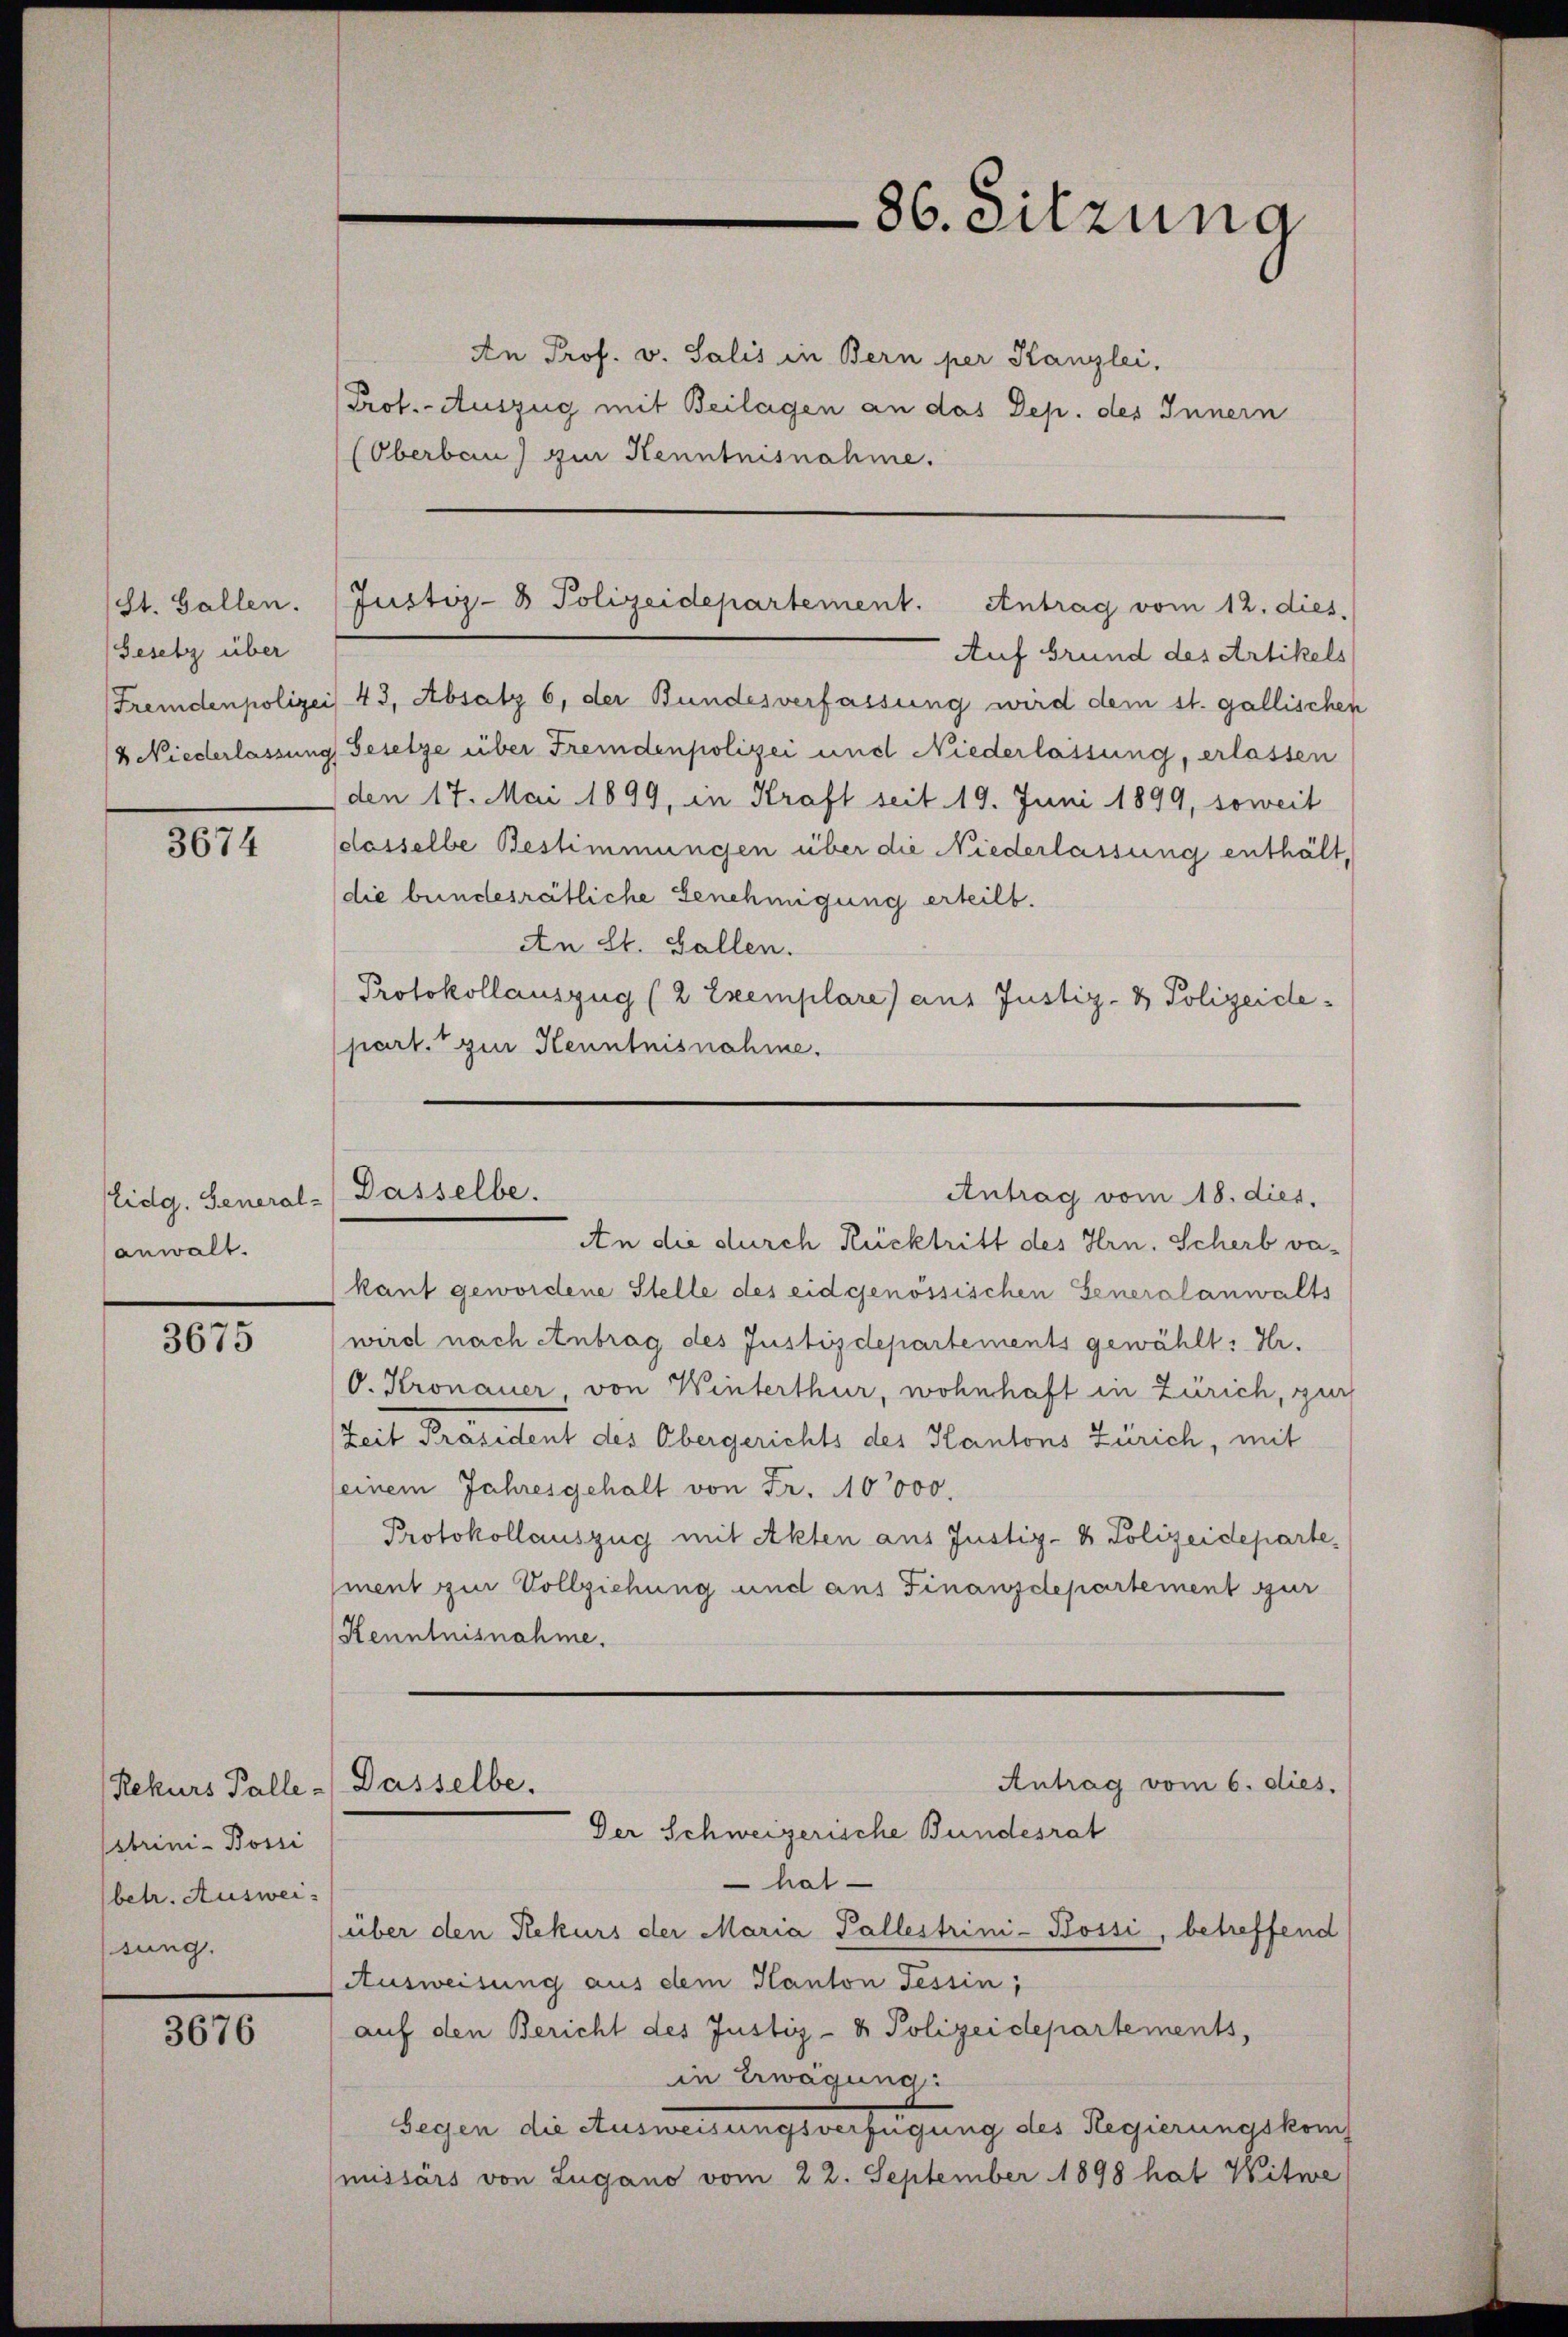
St. Gallen.
Gesetz über

3674

Eidg. General-
anwalt.

3675

Rekurs Palle
sbrini- Bossi
(betr. Ausweisung.

3676

86. Sitzung

Auf Grund des Artikels
Fremdenpolizei 43, Absatz 6, der Bundesverfassung wird dem st. gallischen
4 Niederlassung Gesetze über Fremdenpolizei und Niederlassung, erlassen
den 17. Mai 1899, in Kraft seit 19. Juni 1899, soweit
dosselbe Bestimmungen über die Niederlassung enthält,
die bundesrätliche Genehmigung erteilt.
An St. Gallen.
Protokollauszug (2 Exemplare) aus Justiz- & Polizeidepart. zur Kenntnisnahme.

Justiz- & Polizeidepartement. Antrag vom 12. dies

An Prof. v. Salis in Bern per Kanzlei.
Prot. - Auszug mit Beilagen an das Dep. des Innern
(Oberbau) zur Kenntnisnahme.

Dasselbe.
Antrag vom 18. dies,

An die durch Rücktritt des Hrn. Scherb vakant gewordene Stelle des eidgenössischen Generalanwalts
wird nach Antrag des Justizdepartements gewählt: Hr.
O. Kronauer von Winterthur, wohnhaft in Zürich, zur
Zeit Präsident des Obergerichts des Kantons Zürich, mit
seinem Jahresgehalt von Fr. 10000.
Protokollauszug mit Akten aus Justiz- & Polizeidepartement zur Vollziehung und aus Finanzdepartement sur
Kenntnisnahme.

Antrag vom 6. dies.
Dasselbe.
Der Schweizerische Bundesrat

hat
(über den Rekurs der Maria Pallestrini-Bossi, betreffend
Ausweisung aus dem Kanton Tessin,
auf den Bericht des Justiz- & Polizeidepartements,
in Erwägung:
Segen die Ausweisungsverfügung des Regierungskonf
missärs von Lugano vom 22. September 1898 hat Witwe